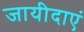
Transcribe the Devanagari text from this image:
जायीदाएं